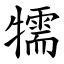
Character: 㹘